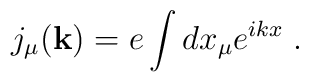
j_{\mu}({\bf k})= e \int dx_{\mu}e^{ikx}\;.